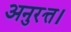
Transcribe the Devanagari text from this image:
अनुरत्त।